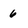
Character: 6